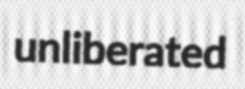
unliberated